Report of the Indian Hemp Drugs Commission, 1894-1895 - Volume V
Year: 1894
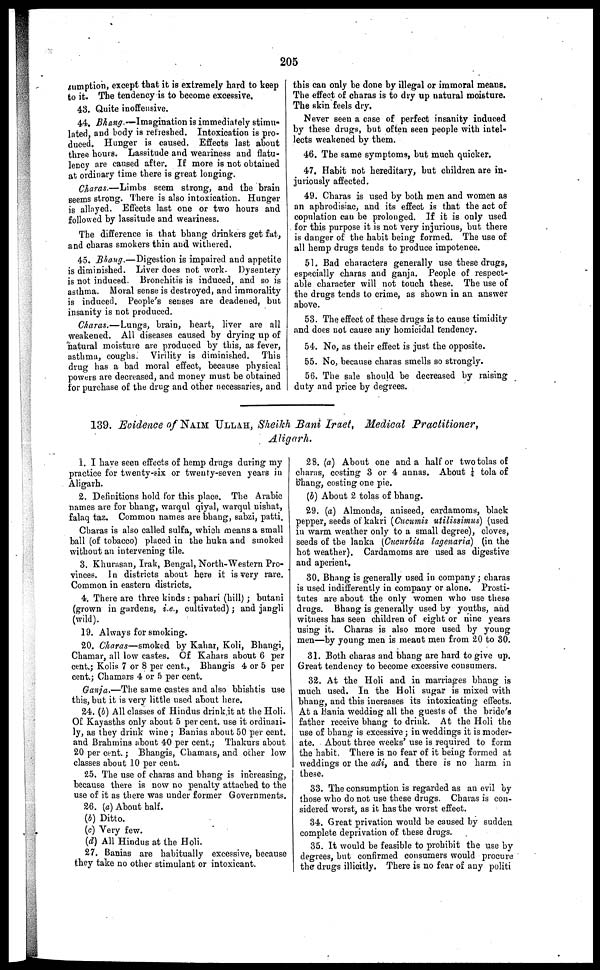
205
sumption, except that it is extremely hard to keep
to it. The tendency is to become excessive.
43. Quite inoffensive.
44. Bhang.—Imagination is immediately stimu-
lated, and body is refreshed. Intoxication is pro-
duced. Hunger is caused. Effects last about
three hours. Lassitude and weariness and flatu-
lency are caused after. If more is not obtained
at ordinary time there is great longing.
Charas.—Limbs seem strong, and the brain
seems strong. There is also intoxication. Hunger
is allayed. Effects last one or two hours and
followed by lassitude and weariness.
The difference is that bhang drinkers get fat,
and charas smokers thin and withered,
45. Bhang.—Digestion is impaired and appetite
is diminished. Liver does not work. Dysentery
is not induced. Bronchitis is induced, and so is
asthma. Moral sense is destroyed, and immorality
is induced. People's senses are deadened, but
insanity is not produced.
Charas.—Lungs, brain, heart, liver are all
weakened. All diseases caused by drying up of
natural moisture are produced by this, as fever,
asthma, coughs. Virility is diminished. This
drug has a bad moral effect, because physical
powers are decreased, and money must be obtained
for purchase of the drug and other necessaries, and
this can only be done by illegal or immoral means.
The effect of charas is to dry up natural moisture.
The skin feels dry.
Never seen a case of perfect insanity induced
by these drugs, but often seen people with intel-
lects weakened by them.
46. The same symptoms, but much quicker.
47. Habit not hereditary, but children are in-
juriously affected.
49. Charas is used by both men and women as
an aphrodisiac, and its effect is that the act of
copulation can be prolonged. If it is only used
for this purpose it is not very injurious, but there
is danger of the habit being formed. The use of
all hemp drugs tends to produce impotence.
51. Bad characters generally use these drugs,
especially charas and ganja. People of respect-
able character will not touch these. The use of
the drugs tends to crime, as shown in an answer
above.
53. The effect of these drugs is to cause timidity
and does not cause any homicidal tendency.
54. No, as their effect is just the opposite.
55. No, because charas smells so strongly.
56. The sale should be decreased by raising
duty and price by degrees.
139. Evidence of NAIM ULLAH , Sheikh Bani Iraet, Medical Practitioner,
Aligarh.
1. I have seen effects of hemp drugs during my
practice for twenty-six or twenty-seven years in
Aligarh.
2. Definitions hold for this place. The Arabic
names are for bhang, warqul qiyal, warqul nishat,
falaq taz. Common names are bhang, sabzi, patti.
Charas is also called sulfa, which means a small
ball (of tobacco) placed in the huka and smoked
without an intervening tile.
3. Khurasan, Irak, Bengal, North-Western Pro-
vinces. In districts about here it is very rare.
Common in eastern districts.
4. There are three kinds : pahari (hill) ; butani
(grown in gardens, i.e., cultivated) ; and jangli
(wild).
19. Always for smoking.
20. Charas—smoked by Kahar, Koli, Bhangi,
Chamar, all low castes. Of Kahars about 6 per
cent.; Kolis 7 or 8 per cent., Bhangis 4 or 5 per
cent.; Chamars 4 or ft per cent.
Ganja.—The same castes and also bhishtis use
this, but it is very little used about here.
24. (b) All classes of Hindus drink it at the Holi.
Of Kayasths only about 5 per cent. use it ordinari-
ly, as they drink wine ; Banias about 50 per cent.
and Brahmins about 40 per cent. ; Thakurs about
20 per cent.; Bhangis, Chamars , and other low
classes about 10 per cent.
25. The use of charas and bhang is increasing,
because there is now no penalty attached to the
use of it as there was under former Governments.
26. (a) About half.
(b) Ditto.
(c) Very few.
(d) All Hindus at the Holi.
27. Banias are habitually excessive, because
they take no other stimulant or intoxicant.
28. (a) About one and a half or two tolas of
charas, costing 3 or 4 annas. About ¼ tola of
Bhang, costing one pie.
(J) About 2 tolas of bhang.
29. (a) Almonds, aniseed, cardamoms, black
pepper, seeds of kakri (Cucumis utilissimus) (used
in warm weather only to a small degree), cloves,
seeds of the lanka (Cucurbita lagenaria) (in the
hot weather). Cardamoms are used as digestive
and aperient,
30. Bhang is generally used in company ; charas
is used indifferently in company or alone. Prosti-
tutes are about the only women who use these
drugs. Bhang is generally used by youths, and
witness has seen children of eight or nine years
using it. Charas is also more used by young
men—by young men is meant men from 20 to 30.
31. Both charas and bhang are hard to give up.
Great tendency to become excessive consumers.
32. At the Holi and in marriages bhang is
much used. In the Holi sugar is mixed with
bhang, and this increases its intoxicating effects.
At a Bania wedding all the guests of the bride's
father receive bhang to drink. At the Holi the
use of bhang is excessive ; in weddings it is moder-
ate. About three weeks' use is required to form
the habit, There is no fear of it being formed at
weddings or the adi, and there is no harm in
these.
33. The consumption is regarded as an evil by
those who do not use these drugs. Charas is con-
sidered worst, as it has the worst effect.
34. Great privation would be caused by sudden
complete deprivation of these drugs.
35. It would be feasible to prohibit the use by
degrees, but confirmed consumers would procure
the drugs illicitly. There is no fear of any politi